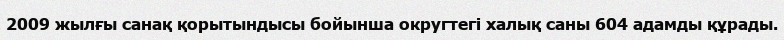
2009 жылғы санақ қорытындысы бойынша округтегі халық саны 604 адамды құрады.